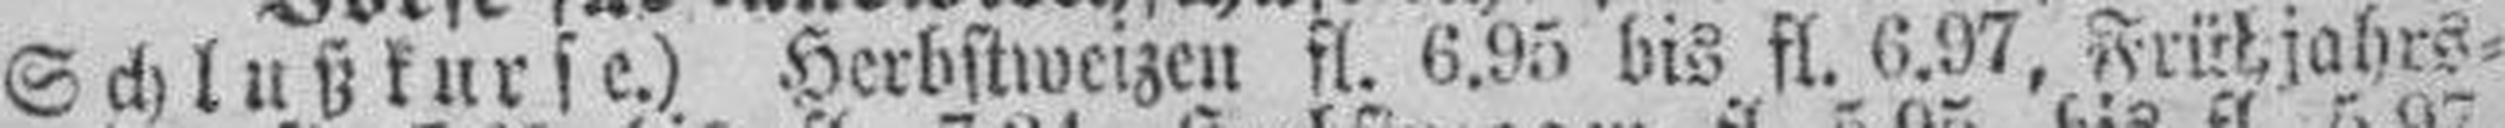
Schlußkurse.) Herbstweizen fl. 6.95 bis fl. 6.97, Frühjahrs¬